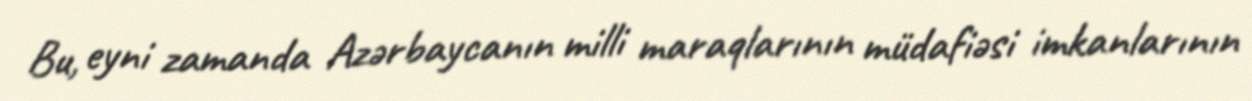
Bu, eyni zamanda Azərbaycanın milli maraqlarının müdafiəsi imkanlarının